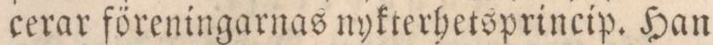
cerar föreningarnas nykterhetsprincip. Han